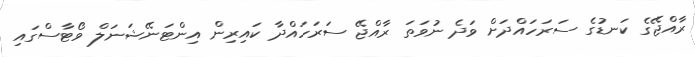
ރާއްޖޭގެ ކަނޑުގެ ސަރަހައްދަށް ވަދެ ނުވަތަ ރާއްޖޭ ސަރަހައްދާ ކައިރިން އިންޓަނޭޝަނަލް ވޯޓާސްގައި